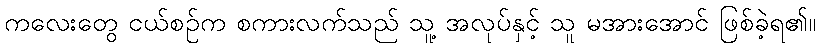
ကလေးတွေ ငယ်စဉ်က စကားလက်သည် သူ့ အလုပ်နှင့် သူ မအားအောင် ဖြစ်ခဲ့ရ၏။